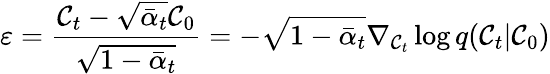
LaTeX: \varepsilon=\frac{\mathcal{C}_{t}-\sqrt{\bar{\alpha}_{t}}\mathcal{C}_{0}}{\sqrt{1-\bar{\alpha}_{t}}}=-\sqrt{1-\bar{\alpha}_{t}}\nabla_{\mathcal{C}_{t}}\log{q(\mathcal{C}_{t}\vert\mathcal{C}_{0})}